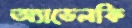
অ্যাডেলকি